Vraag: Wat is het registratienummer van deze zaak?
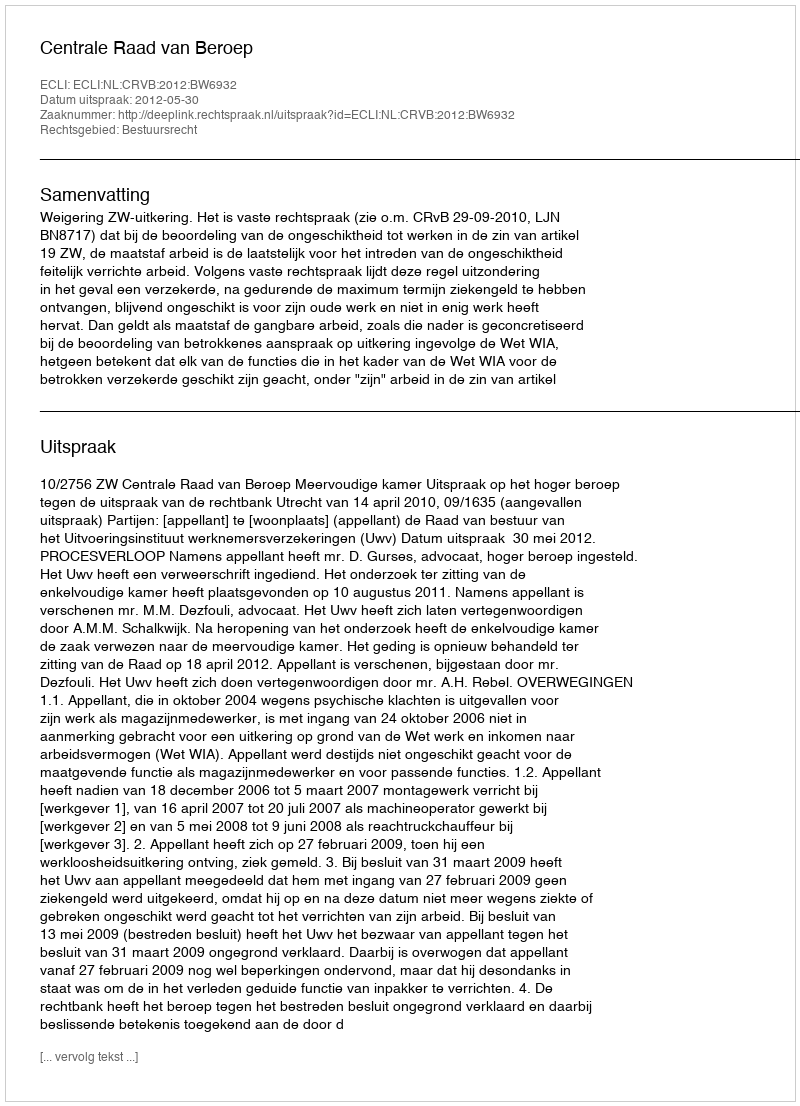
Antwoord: http://deeplink.rechtspraak.nl/uitspraak?id=ECLI:NL:CRVB:2012:BW6932